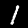
Digit: 1